Civil Veterinary Department Bihar reports 1936-40 - 1936-1940
Year: 1936
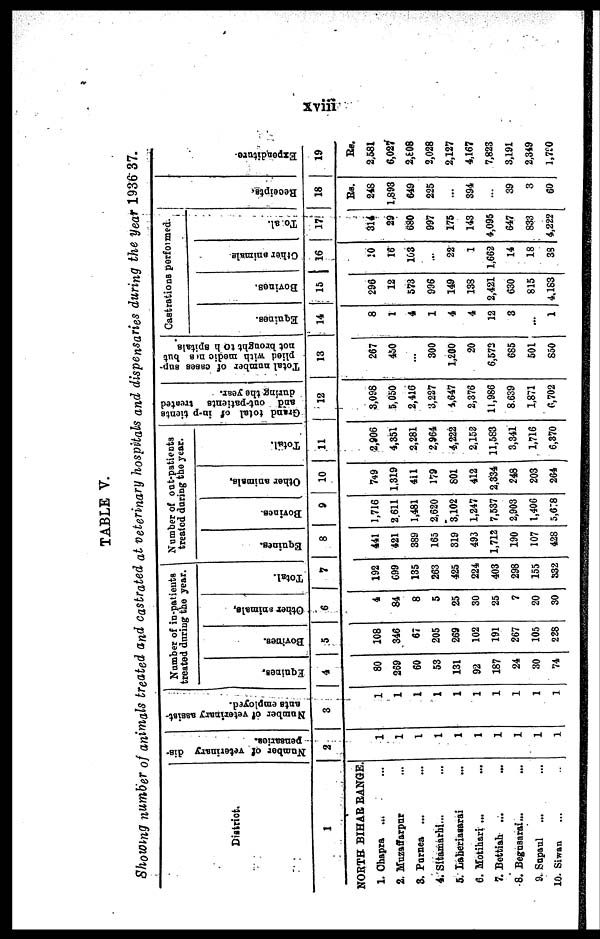
xviii
TABLE V.
Showing number of animals treated and castrated at veterinary hospitals and dispensaries during the year 1936-37.
District.
1
NORTH BIHAR RANGE.
1. Chapra ... ...
2. Muzaffarpur ...
3. Parnea ... ...
4. Sitamarhi ... ...
5. Laheriasarai ...
6. Motihari ... ...
7. Bettiah ... ...
8. Begnsarai ... ...
9. Sapaul ... ...
10. Siwan ... ...
Number of veterinary dis-
pensaries.
2
1
1
1
1
1
1
1
1
1
1
Number of veterinary assist-
ants employed.
3
1
1
1
1
1
1
1
1
1
1
Number of in-patients
treated during the year.
Equines.
4
80
269
60
53
131
92
187
24
30
74
Bovines.
5
108
346
67
205
269
102
191
267
105
228
Other animals,
6
4
84
8
5
25
30
25
7
20
30
Total.
7
192
699
135
263
425
224
403
298
155
832
Number of out-patients
treated daring the year.
Equines.
8
441
421
389
165
319
493
1,712
190
107
428
Bovines.
9
1,716
2.611
1,481
2,620
3,102
1,247
7,537
2,903
1,406
5,678
Other animals.
10
749
1,319
411
179
801
412
2,334
248
203
264
Total.
11
2,906
4,351
2,281
2,964
4,222
2,152
11,583
3,341
1,716
6,370
Grand total of in-patients
and ont-patients treated
during the year.
12
3,098
5,050
2,416
3,227
4,647
2,376
11,986
8,639
1,871
6,702
Total number of cases sup-
plied with medicines but
not brought to hospitals
13
267
450
…
300
1,200
20
6,572
685
501
850
Castrations performed.
Equines.
14
8
1
4
1
4
4
12
3
...
1
Bovines.
15
296
12
573
996
149
138
2,421
630
815
4,183
Other animals
16
10
16
103
...
22
1
1,662
14
18
33
Total.
17
314
29
680
997
175
143
4,095
647
833
4,222
Recei pt s .
18
Rs.
248
1,893
649
225
...
394
…
39
3
60
Expe ndi t
ur e -
19
Rs.
2,581
6,027
2,608
2,028
2,127
4,167
7,823
3,191
2,319
1,790